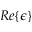
R e \{ \epsilon \}